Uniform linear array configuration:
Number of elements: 4
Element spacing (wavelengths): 0.25
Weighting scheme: exponential
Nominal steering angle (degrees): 0
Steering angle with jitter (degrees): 1.51
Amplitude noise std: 0.05
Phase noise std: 0.05

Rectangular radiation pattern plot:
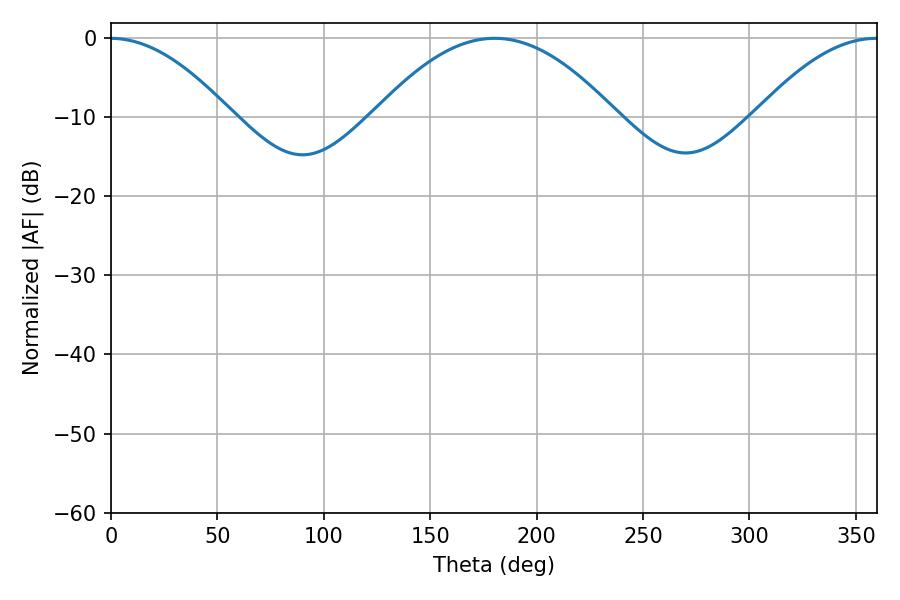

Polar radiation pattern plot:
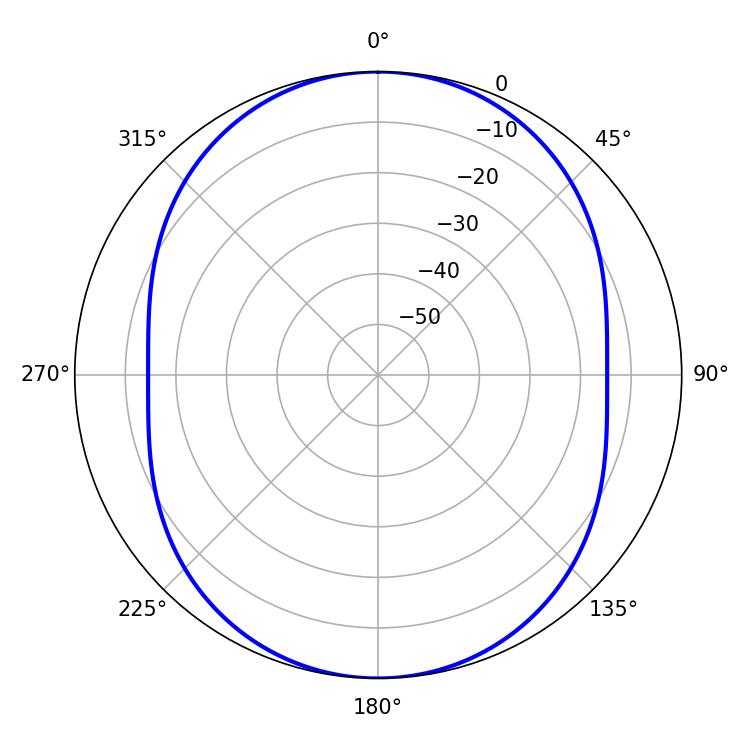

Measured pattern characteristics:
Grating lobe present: FALSE
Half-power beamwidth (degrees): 31.32
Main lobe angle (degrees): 359.64